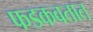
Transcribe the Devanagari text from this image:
फडकवतात